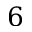
6